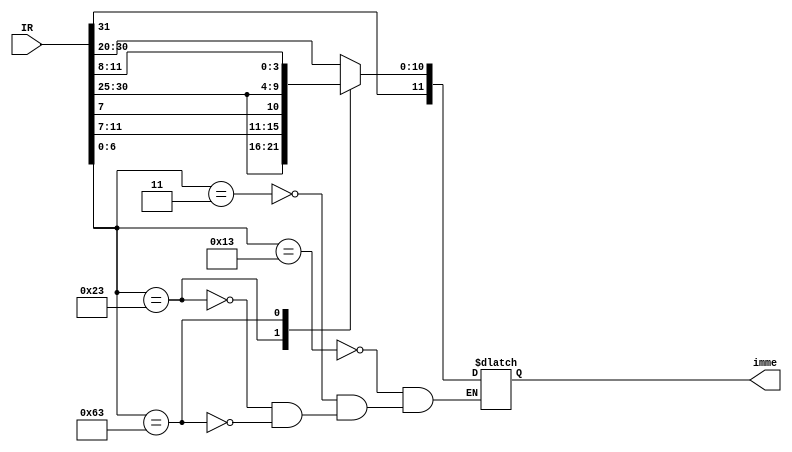
module Imme_Gen (
         IR,
         imme,
       );

input [31:0] IR;

output reg [11:0] imme;


always @(IR)
  begin
    case(IR[6:0])
      7'b0010011:  // I-Type
        imme <= IR[31:20];
      7'b0000011:  // lw
        imme <= IR[31:20];
      7'b0100011:  // sw
        imme <= {IR[31:25], IR[11:7]};
      7'b1100011:  // beq
        imme <= {IR[31], IR[7], IR[30:25], IR[11:8]};
    endcase
  end

endmodule